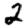
Digit: 2